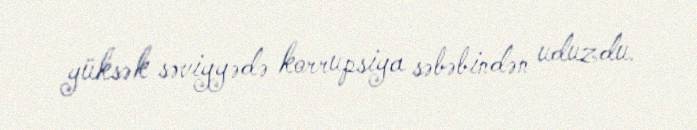
yüksək səviyyədə korrupsiya səbəbindən uduzdu.